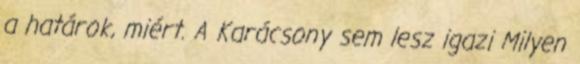
a határok, miért. A Karácsony sem lesz igazi Milyen